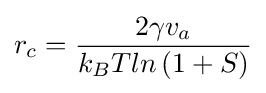
r_{c}={\frac {2\gamma v_{a}}{k_{B}Tln\left(1+S\right)}}